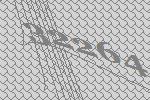
32264